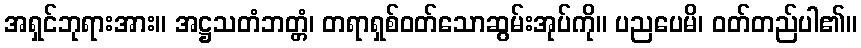
အရှင်ဘုရားအား။ အဋ္ဌသတံဘတ္တံ၊ တရာရှစ်ဝတ်သောဆွမ်းအုပ်ကို။ ပညပေမိ၊ ဝတ်တည်ပါ၏။